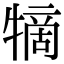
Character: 㹍